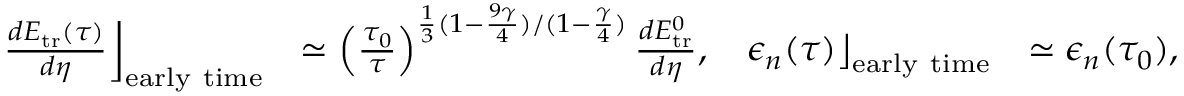
\begin{array} { r l r l } { \left. \frac { d E _ { \mathrm { t r } } ( \tau ) } { d \eta } \right\rfloor _ { \mathrm { e a r l y ~ t i m e } } } & { \simeq \left( \frac { \tau _ { 0 } } { \tau } \right) ^ { \frac { 1 } { 3 } ( 1 - \frac { 9 \gamma } { 4 } ) / ( 1 - \frac { \gamma } { 4 } ) } \frac { d E _ { \mathrm { t r } } ^ { 0 } } { d \eta } , } & { \left. \epsilon _ { n } ( \tau ) \right\rfloor _ { \mathrm { e a r l y ~ t i m e } } } & { \simeq \epsilon _ { n } ( \tau _ { 0 } ) , } \end{array}